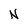
Character: N